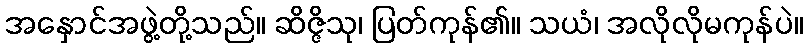
အနှောင်အဖွဲ့တို့သည်။ ဆိဇ္ဇိသု၊ ပြတ်ကုန်၏။ သယံ၊ အလိုလိုမကုန်ပဲ။